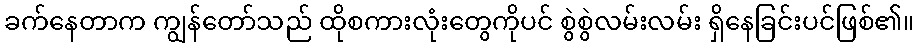
ခက်နေတာက ကျွန်တော်သည် ထိုစကားလုံးတွေကိုပင် စွဲစွဲလမ်းလမ်း ရှိနေခြင်းပင်ဖြစ်၏။